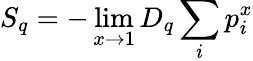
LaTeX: S_{q}=-\operatorname*{lim}_{x\rightarrow 1}D_{q}\sum_{i}p_{i}^{x}